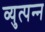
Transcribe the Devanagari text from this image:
व्‍युत्‍पन्‍न